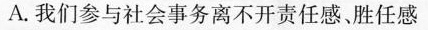
A.我们参与社会事务离不开责任感。胜任感